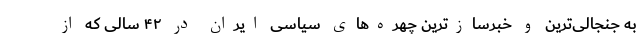
به جنجالی‌ترین و خبرسازترین چهره‌های سیاسی ایران در ۴۲ سالی که از